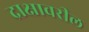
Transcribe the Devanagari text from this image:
द्राक्षावरील